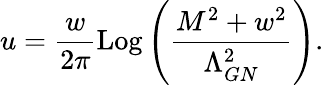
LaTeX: u=\frac{w}{2\pi}\mathrm{Log}\left(\frac{M^{2}+w^{2}}{\Lambda_{GN}^{2}}\right).